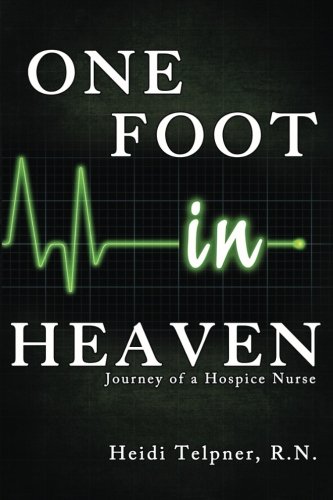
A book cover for One Foot In Heaven, Journey of a Hospice Nurse; Heidi Telpner; Medical Books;